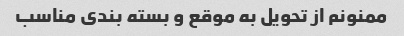
ممنونم از تحویل به موقع و بسته بندی مناسب